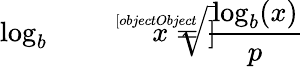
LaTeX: \log_{b}{\sqrt[[objectObject]]{x}}={\frac{\log_{b}(x)}{p}}